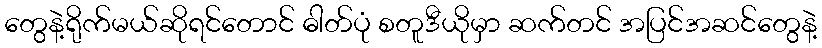
တွေနဲ့ရိုက်မယ်ဆိုရင်တောင် ဓါတ်ပုံ စတူဒီယိုမှာ ဆက်တင် အပြင်အဆင်တွေနဲ့